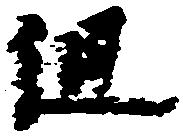
但